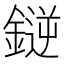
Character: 𫒼